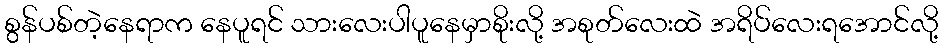
စွန်ပစ်တဲ့နေရာက နေပူရင် သားလေးပါပူနေမှာစိုးလို့ အစုတ်လေးထဲ အရိပ်လေးရအောင်လို့